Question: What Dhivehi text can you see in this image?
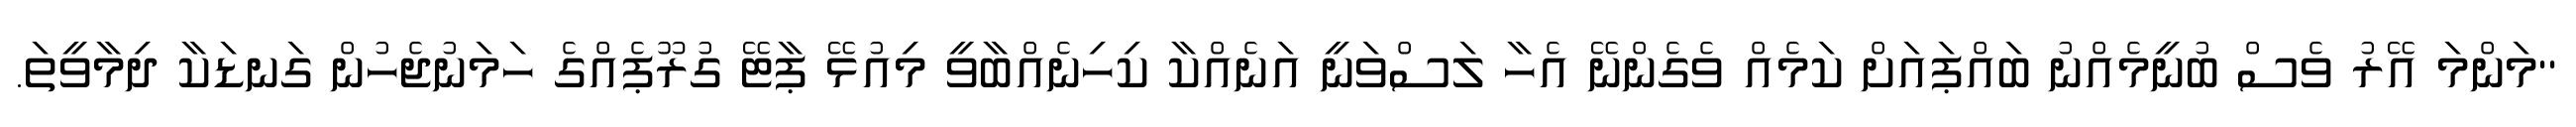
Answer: ''މަންމަ އޭރު ވެސް ބުނީމެއްނު ބައްޕައަށް ކަމެއް ވެގެންނޭ އެހާ ލަސްވަނީ އަނެއްކާ ކިހިނެއްބާވީ މިއުޅޭ ޕާޓޭ ގުރޫޕެއްގެ ހަމަނުޖެހުން ގަނޑަކާ ދިމާވީތަ.